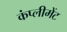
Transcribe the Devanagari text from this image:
कंप्लीमेंट